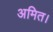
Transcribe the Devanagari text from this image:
अमित।